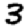
Digit: 3